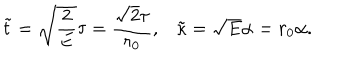
\tilde { t } = \sqrt { \frac { 2 } { E } } \tau = \frac { \sqrt { 2 } \tau } { r _ { 0 } } , \tilde { \kappa } = \sqrt { E } \alpha = r _ { 0 } \alpha .